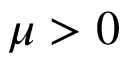
\mu > 0